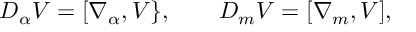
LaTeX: { \cal D } _ { \alpha } V = [ \nabla _ { \alpha } , V \} , \qquad { \cal D } _ { m } V = [ \nabla _ { m } , V ] ,